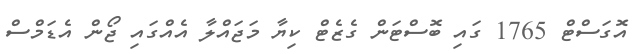
އޮގަސްޓް 1765 ގައި ބޮސްޓަން ގެޒެޓް ކިޔާ މަޖައްލާ އެއްގައި ޖޯން އެޑަމްސް